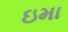
ઇમા